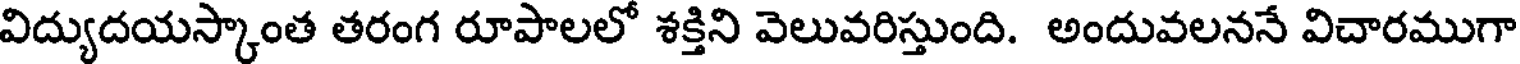
విద్యుదయస్కాంత తరంగ రూపాలలో శక్తిని వెలువరిస్తుంది. అందువలననే విచారముగా